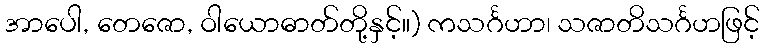
အာပေါ, တေဇော, ဝါယောဓာတ်တို့နှင့်။) ကသင်္ဂဟာ၊ သဇာတိသင်္ဂဟဖြင့်